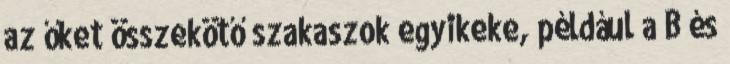
az őket összekötő szakaszok egyikeke, például a B és